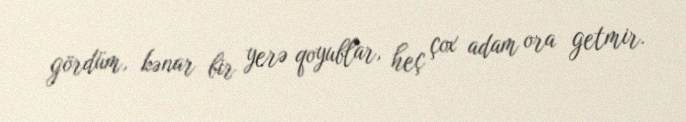
gördüm, kənar bir yerə qoyublar, heç çox adam ora getmir.